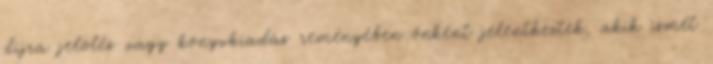
díjra jelölés vagy könyvkiadás reményében önként jelentkeztek, akik ismét